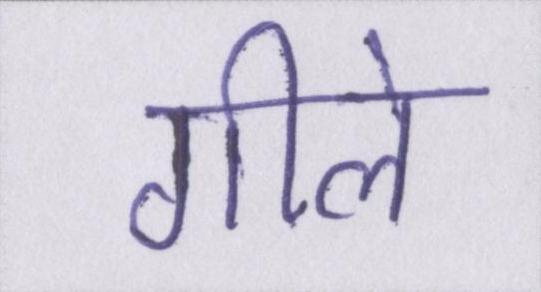
गीले